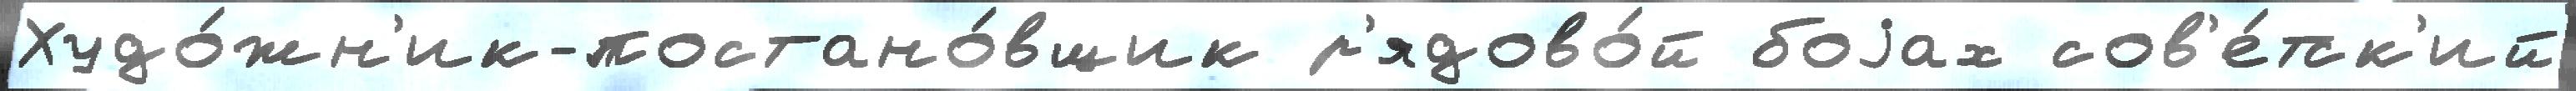
Худо́жн'ик-постано́вщик р'ядово́й боjах сов'е́тск'ий